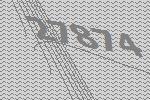
27874